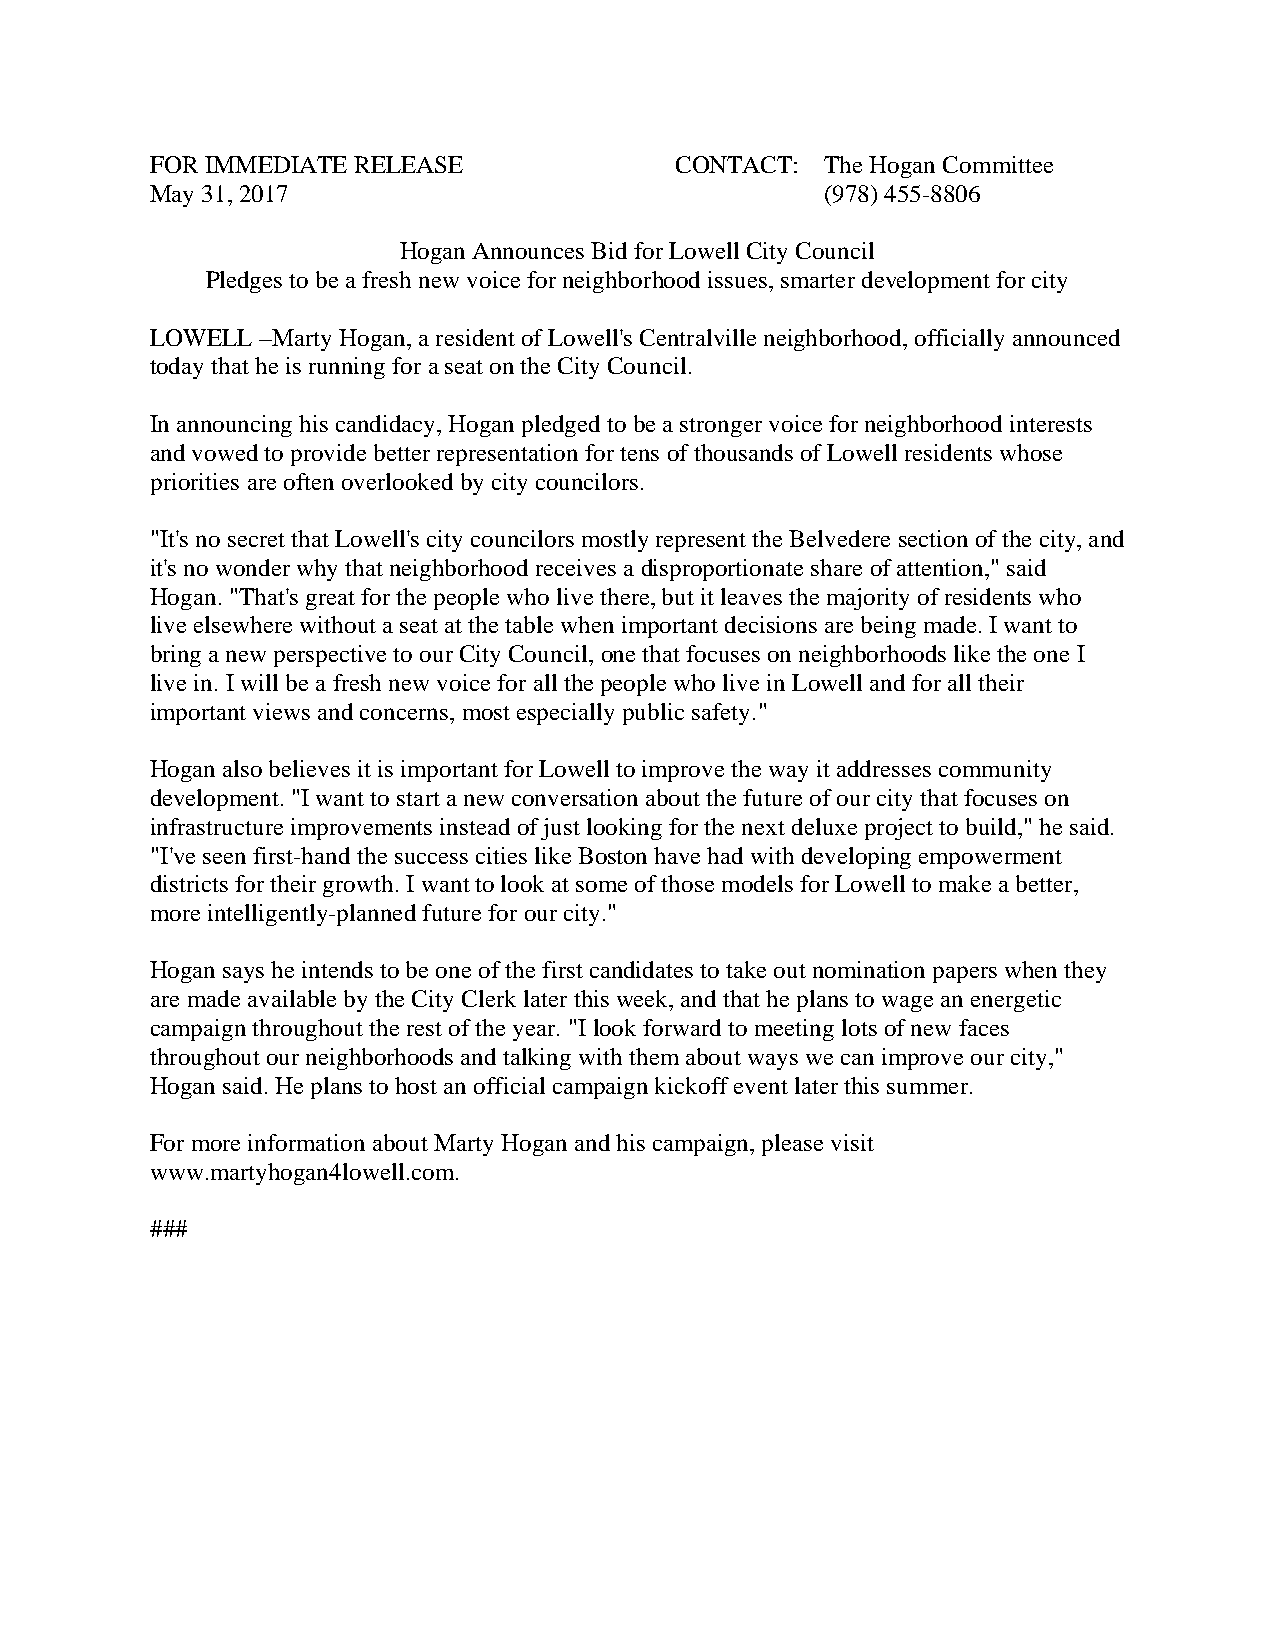
FOR IMMEDIATE RELEASE              CONTACT:  The Hogan Committee
 May 31, 2017                                 (978) 455-8806
 Hogan Announces Bid for Lowell City Council
 Pledges to be a fresh new voice for neighborhood issues, smarter development for city
 LOWELL –Marty Hogan, a resident of Lowell's Centralville neighborhood, officially announced
 today that he is running for a seat on the City Council.
 In announcing his candidacy, Hogan pledged to be a stronger voice for neighborhood interests
 and vowed to provide better representation for tens of thousands of Lowell residents whose
 priorities are often overlooked by city councilors.
 "It's no secret that Lowell's city councilors mostly represent the Belvedere section of the city, and
 it's no wonder why that neighborhood receives a disproportionate share of attention," said
 Hogan. "That's great for the people who live there, but it leaves the majority of residents who
 live elsewhere without a seat at the table when important decisions are being made. I want to
 bring a new perspective to our City Council, one that focuses on neighborhoods like the one I
 live in. I will be a fresh new voice for all the people who live in Lowell and for all their
 important views and concerns, most especially public safety."
 Hogan also believes it is important for Lowell to improve the way it addresses community
 development. "I want to start a new conversation about the future of our city that focuses on
 infrastructure improvements instead of just looking for the next deluxe project to build," he said.
 "I've seen first-hand the success cities like Boston have had with developing empowerment
 districts for their growth. I want to look at some of those models for Lowell to make a better,
 more intelligently-planned future for our city."
 Hogan says he intends to be one of the first candidates to take out nomination papers when they
 are made available by the City Clerk later this week, and that he plans to wage an energetic
 campaign throughout the rest of the year. "I look forward to meeting lots of new faces
 throughout our neighborhoods and talking with them about ways we can improve our city,"
 Hogan said. He plans to host an official campaign kickoff event later this summer.
 For more information about Marty Hogan and his campaign, please visit
 www.martyhogan4lowell.com.
 ###